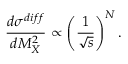
\frac { d \sigma ^ { d i f f } } { d M _ { X } ^ { 2 } } \propto \left( \frac { 1 } { \sqrt { s } } \right) ^ { N } .